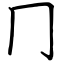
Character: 冂